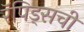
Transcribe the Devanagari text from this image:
रॅपिड्सची